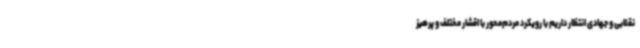
نقلابی و جهادی انتظار داریم با رویکرد مردم‌محور با اقشار مختلف و پرهیز